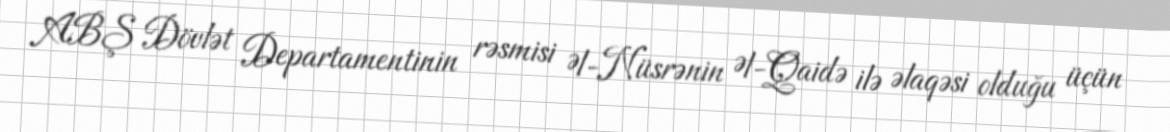
ABŞ Dövlət Departamentinin rəsmisi Əl-Nüsrənin Əl-Qaidə ilə əlaqəsi olduğu üçün